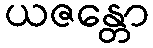
ယဇန္တော